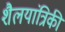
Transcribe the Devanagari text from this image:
शैलयांत्रिकी